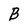
Character: B